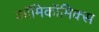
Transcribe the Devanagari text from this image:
काॅमिकॉमिक्स